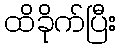
ထိခိုက်ပြီး